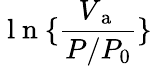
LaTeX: \mathrm{~l~n~}\{ \frac{V_{\mathrm{~a~}}}{P/P_{0}}\}